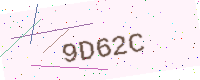
Text: 9D62C